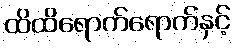
ထိထိရောက်ရောက်နှင့်